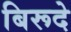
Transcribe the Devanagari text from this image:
बिरूदे